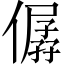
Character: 僝